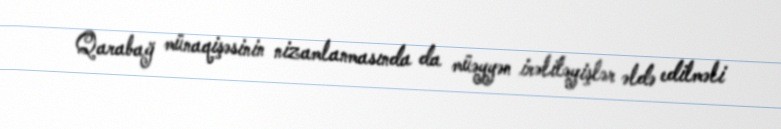
Qarabağ münaqişəsinin nizamlanmasında da müəyyən irəliləyişlər əldə edilməli